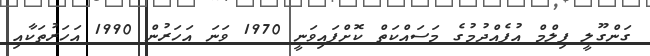
ގަންގޫލީ ފިލްމް އުފެއްދުމުގެ މަސައްކަތް ކޮށްފައިވަނީ 1970 ވަނަ އަހަރުން 1990 އަހަރުތަކާއި